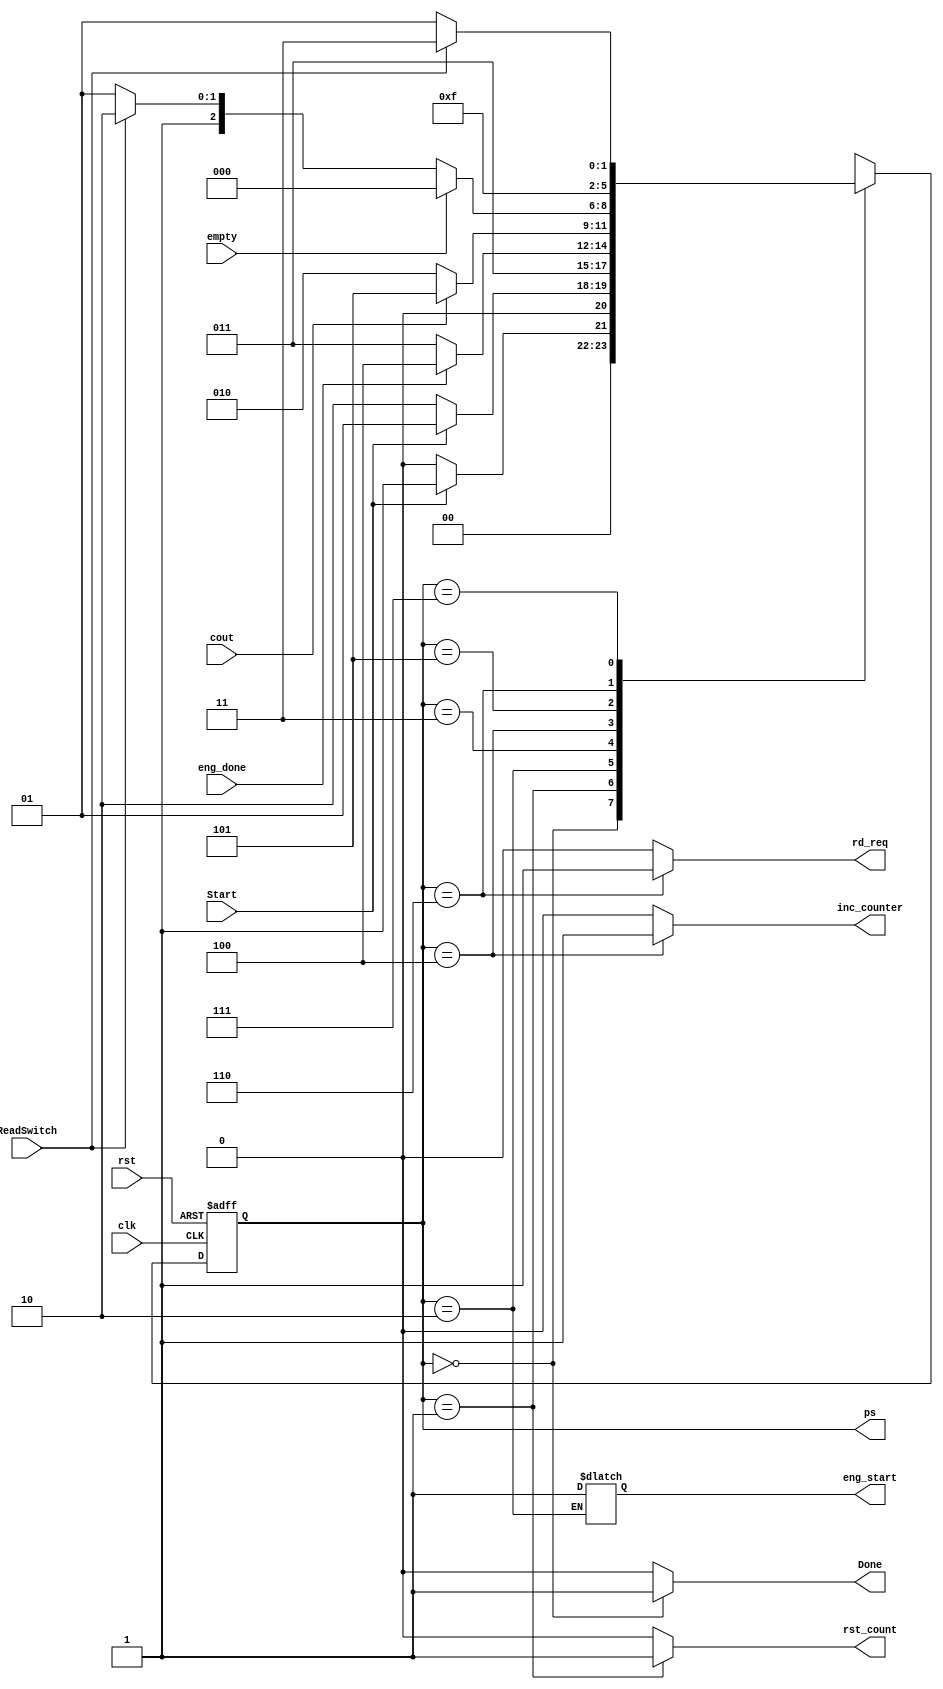
module Wrapper_CU(input clk, rst, Start, empty, eng_done , cout, ReadSwitch, output reg inc_counter, eng_start, rst_count, rd_req, Done, output reg [2:0]ps);
  parameter [2:0] Idle = 3'd0, Init = 3'd1, StartComp = 3'd2, WaitComp = 3'd3, WaitWrite = 3'd4, WaitSw1 = 3'd5, ReadReq = 3'd6,
                  WaitSw0 = 3'd7;

  reg [2:0] ns;
  always @(Start, eng_done, cout, ReadSwitch, ps,empty) begin
    case(ps)
      Idle : ns = Start ? Init : Idle;
      Init : ns = Start ? Init : StartComp;
      StartComp : ns = WaitComp;
      WaitComp : ns = eng_done ? WaitWrite : WaitComp;
      WaitWrite : ns = cout ? WaitSw1 : StartComp;
      WaitSw1 : ns = (empty==1)  ? 	Idle :
						(ReadSwitch==1)? 	ReadReq:
												WaitSw1;
												
      ReadReq : ns = WaitSw0;
      WaitSw0 : ns = ReadSwitch ? WaitSw0 : WaitSw1;
      default: ns=Idle;
    endcase
 end
 
  always @(ps) begin
    {inc_counter, rst_count, rd_req, Done} = 4'b0;
    case(ps)
      Idle : Done=1;
      Init : rst_count=1;
      StartComp : eng_start=1;
      WaitWrite : inc_counter=1;												
      ReadReq : rd_req=1;
      default : {inc_counter, rst_count, rd_req, Done} = 4'b0;

    endcase
  end
  always @(posedge clk, posedge rst) begin
     if(rst) ps<=Idle;
    else ps<=ns;
   end
endmodule